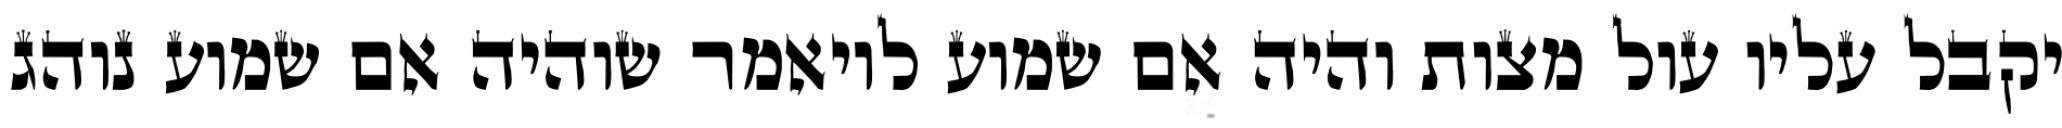
יקבל עליו עול מצות והיה אם שמוע לויאמר שוהיה אם שמוע נוהג